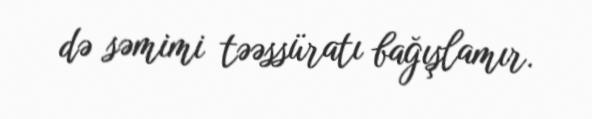
də səmimi təəssüratı bağışlamır.